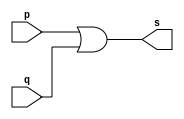
// PUC Minas - Ciencia da Computacao - Arquitetura de Computadores I
// Exemplo0004 - OR 
// Nome: Ana Cristina Pereira Teixeira

// ------------------------- 
// -- or gate 
// ------------------------- 
module orgate ( output s, input p, q); 
	assign s = p | q; // vinculo permanente
endmodule // orgate

// --------------------- 
// -- test or gate 
// --------------------- 
module testorgate; 
// ------------------------- dados locais 
	reg a, b; // definir registradores 
	wire s; // definir conexao (fio) 
// ------------------------- instancia 
	orgate OR1 (s, a, b); 
// ------------------------- preparacao 
	initial begin:start 
		// atribuicao simultanea 
		// dos valores iniciais 
		a = 0; b = 0;
	end
// ------------------------- parte principal 
	initial begin 
		$display("Exemplo0004 - Ana Cristina - 427385");
		$display("Test OR gate");
		$display("\na | b = s\n");
		a = 0; b = 0;
		#1 $display("%b | %b = %b", a, b, s);
		a = 0; b = 1;
		#1 $display("%b | %b = %b", a, b, s);
		a = 1; b = 0;
		#1 $display("%b | %b = %b", a, b, s);
		a = 1; b = 1;
		#1 $display("%b | %b = %b", a, b, s);
	end
endmodule // testorgate